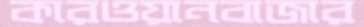
কারওয়ানবাজার